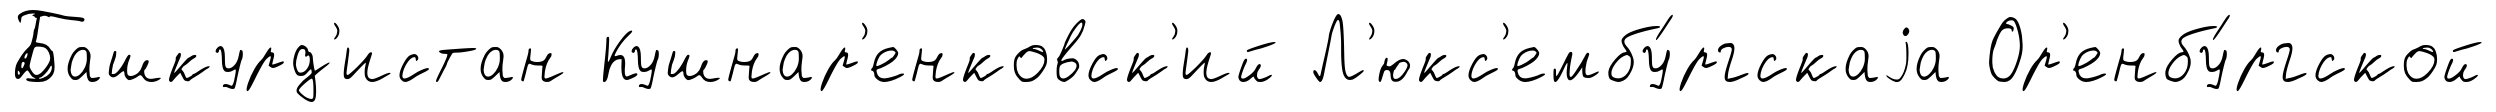
Башкурд'истан Кушнар'енковск'ий Л'юкс'ембу́ргскаjа Ор'енбу́ргской